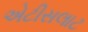
એટીસલાટ